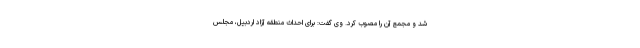
شد و مجمع آن را مصوب کرد. وی گفت: برای احداث منطقه آزاد اردبیل، مجلس